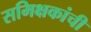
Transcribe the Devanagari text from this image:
समिक्षकांची